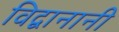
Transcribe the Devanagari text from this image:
विद्वानानी